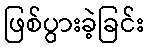
ဖြစ်ပွားခဲ့ခြင်း